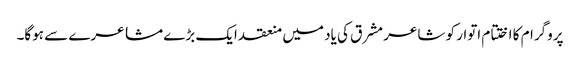
پروگرام کا اختتام اتوار کو شاعر مشرق کی یاد میں منعقد ایک بڑے مشاعرے سے ہوگا۔